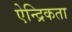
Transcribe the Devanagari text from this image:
ऐन्द्रिकता